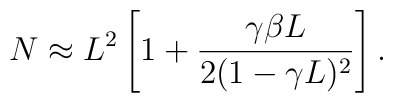
N \approx L^2 \left[ 1 + 	\frac{\gamma \beta L}{2 (1 - \gamma L)^2} \right].